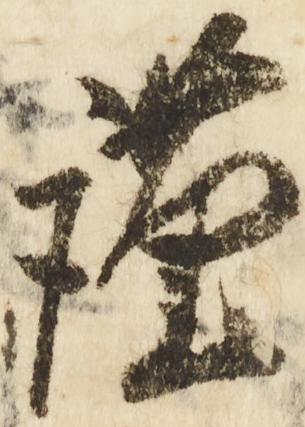
謹